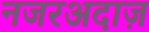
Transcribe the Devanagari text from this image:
नजरअदाज़